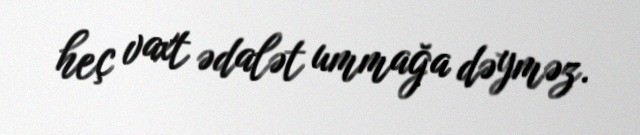
heç vaxt ədalət ummağa dəyməz.